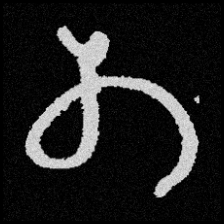
Pyu character \u2014 Myanmar letter: တ (romanized: ta)